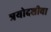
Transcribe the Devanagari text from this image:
त्रयोदशीचा